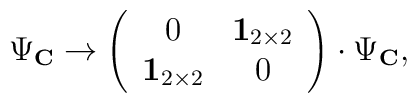
\Psi_{\bf C} \rightarrow\left(\begin{array}{cc} 0 & \mbox{{\bf 1}}_{2 \times 2} \\ \mbox{{\bf 1}}_{2 \times 2} & 0\end{array}\right)\cdot\Psi_{\bf C},